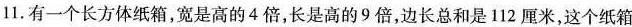
11.有一个长方体纸箱，宽是高的4倍，长是高的9倍，边长总和是112厘米，这个纸箱